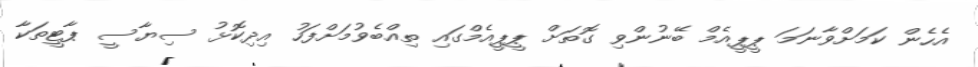
އެހެން ކަމަށްވާނަމަ ޕީޕީއެމް ބޭނުންވި ގޮތަށް ޕީޕީއެމްގައި ތިއްބެވުމަށްފަހު އިދިކޮޅު ސިޔާސީ ޕާޓީތަކާ